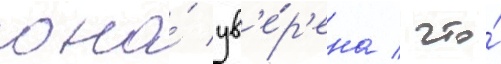
она́ ув'е́р'ена / что́